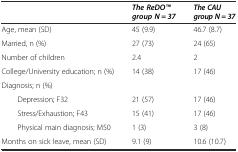
<table><thead><tr><td></td><td><b><i>The ReDOTM group N = 37</i></b></td><td><b><i>The CAU group N = 37</i></b></td></tr></thead><tbody><tr><td>Age, mean (SD)</td><td>45 (9.9)</td><td>46.7 (8.7)</td></tr><tr><td>Married, n (%)</td><td>27 (73)</td><td>24 (65)</td></tr><tr><td>Number of children</td><td>2.4</td><td>2</td></tr><tr><td>College/University education; n (%)</td><td>14 (38)</td><td>17 (46)</td></tr><tr><td colspan="3">Diagnosis; n (%)</td></tr><tr><td>Depression; F32</td><td>21 (57)</td><td>17 (46)</td></tr><tr><td>Stress/Exhaustion; F43</td><td>15 (41)</td><td>17 (46)</td></tr><tr><td>Physical main diagnosis; M50</td><td>1 (3)</td><td>3 (8)</td></tr><tr><td>Months on sick leave, mean (SD)</td><td>9.1 (9)</td><td>10.6 (10.7)</td></tr></tbody></table>